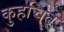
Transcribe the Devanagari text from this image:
कुहचित्